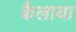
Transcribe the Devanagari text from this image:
कैलाया